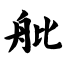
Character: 舭